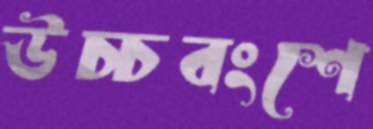
উচ্চবংশে